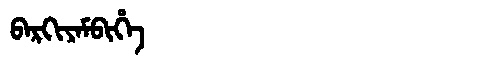
Manchu: ᠪᠠᡵᡴᡳᠶᠠᠮᠪᡳᡥᡝ
Romanization: BARKIYAMBIHE